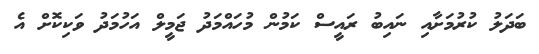
ބަދަލު ކުރުމަށާއި ނައިބު ރައީސް ކަމުން މުހައްމަދު ޖަމީލް އަހުމަދު ވަކިކޮށް އެ